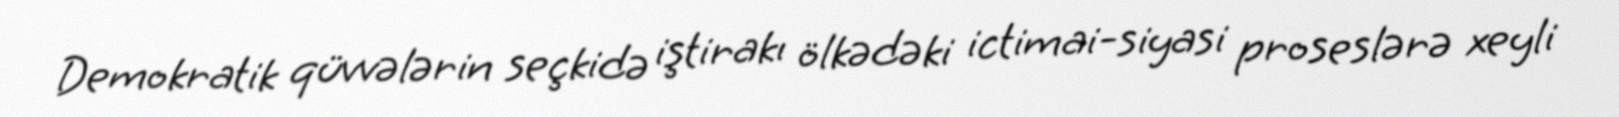
Demokratik qüvvələrin seçkidə iştirakı ölkədəki ictimai-siyasi proseslərə xeyli